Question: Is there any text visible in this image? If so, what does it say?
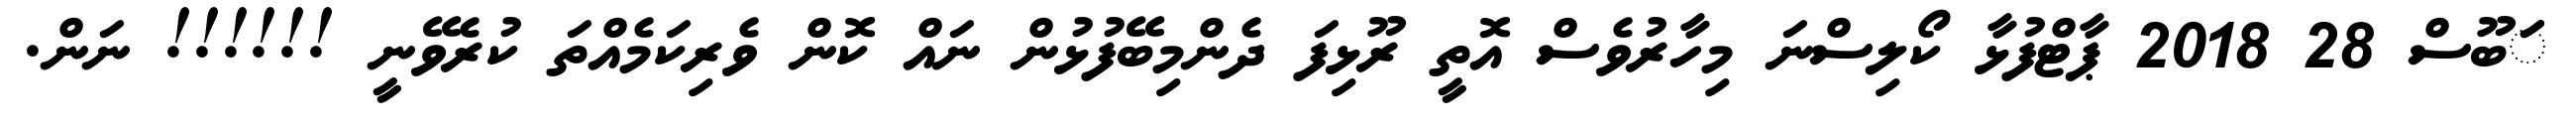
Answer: ަަބޫސް 28 2018 ޕާޓްފުޅާ ކޯލިސްނަ މިހާރުވެސް އޮތީ ރޫޅިފަ ދެންމިބޭފުޅުން ނައް ކޮން ވެރިކަމެއްތަ ކުރެވޭނީ !!!!!! ނަން.